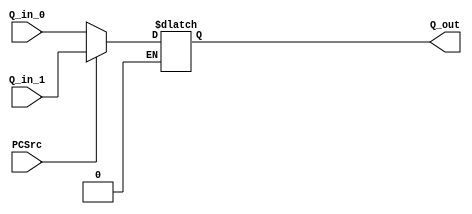
`timescale 1ns / 1ps
//////////////////////////////////////////////////////////////////////////////////
// Company: 
// Engineer: 
// 
// Design Name: 
// Module Name: mux
// Project Name: 
// Target Devices: 
// Tool Versions: 
// Description: 
// 
// Dependencies: 
// 
// Revision:
// Revision 0.01 - File Created
// Additional Comments:
// 
//////////////////////////////////////////////////////////////////////////////////


module mux(
   input wire[31:0] Q_in_0,
   input wire[31:0] Q_in_1,
   input wire PCSrc,
   output reg[31:0] Q_out
);

   always @ (*) begin
       if ( PCSrc == 1'b0 )        Q_out = Q_in_0;
       else if ( PCSrc == 1'b1 )   Q_out = Q_in_1;
   end

endmodule